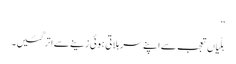
‘‘
بلّیاں تعجب سے اپنے سر ہلاتی ہوئی زینے سے اتر گئیں۔